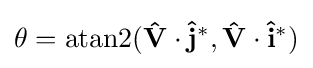
\theta =\operatorname {atan2} (\mathbf {\hat {V}} \cdot \mathbf {{\hat {j}}^{*}} ,\mathbf {\hat {V}} \cdot \mathbf {{\hat {i}}^{*}} )